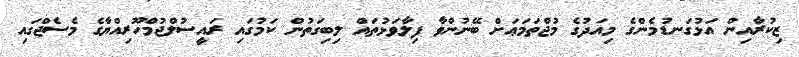
ޒިކުރާއިން އަޅުގަނޑުމެންގެ މިއަދުގެ މުޖްތަމަޢަށް ބޭނުންވާ ފިލާވަޅުތައް ލިބިގަތުން ކަމުގައި ރައީސުލްޖުމްހޫރިއްޔާގެ މެސެޖްގައި